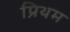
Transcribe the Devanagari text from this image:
प्रिथम